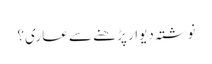
نوشتہ دیوار پڑ ھنے سے عاری؟